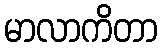
မာလာကိတာ